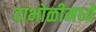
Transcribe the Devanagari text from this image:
दाभोळीमध्ये